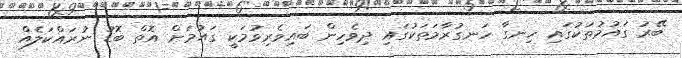
ބޭރު ގައުމުތަކުގައި ހިނގާ ހަނގުރާމަތަކުގައި ދިވެހިން ބައިވެރިވުމަކީ ގައުމަށް އޮތް ބޮޑު ނުރައްކަލެއް